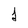
Character: 1